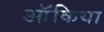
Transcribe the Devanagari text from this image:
ऑंकिया